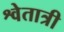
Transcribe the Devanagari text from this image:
श्वेतात्री